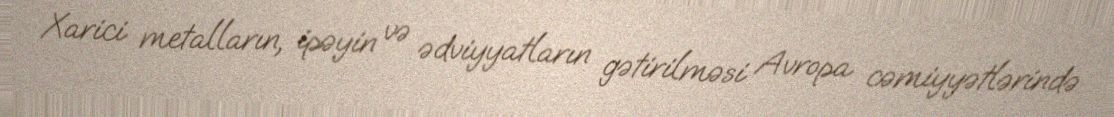
Xarici metalların, ipəyin və ədviyyatların gətirilməsi Avropa cəmiyyətlərində